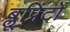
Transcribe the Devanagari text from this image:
ब्लूप्रिंटों